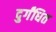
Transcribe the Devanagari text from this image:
दुर्गंधित